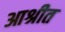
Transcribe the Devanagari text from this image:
आश्रीत